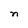
Character: n